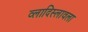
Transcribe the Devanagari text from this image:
व्लादिस्लावला